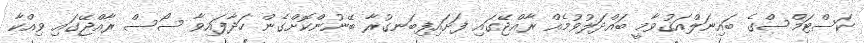
ކަސްޓަމްސްގެ ބައިނަލްއަޤުވާމީ ބައްދަލުވުމެއް ރާއްޖޭގައި ފަށައިފިބަނގުރާ ބޭނުންކޮށްގެން ހަދާފައިވާ ސޯސް ރާއްޖޭގައި ވިއްކާ